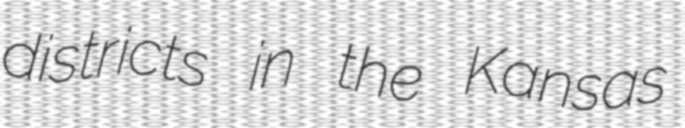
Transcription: districts in the Kansas